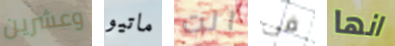
وعشرين ماتيو انت فى انها